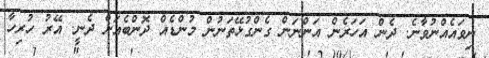
ނިވައެއްނުވާނެ. ދެން އަހަރެން އަންނަން ގެންގުޅޭތަނުން މުންޑެއް ދޮންބެއަށް ދެނީ. އޭރު ހުރިހާ